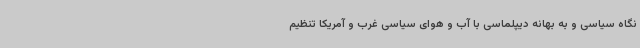
نگاه سیاسی و به بهانه دیپلماسی با آب و هوای سیاسی غرب و آمریکا تنظیم